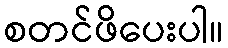
စတင်ဖိပေးပါ။